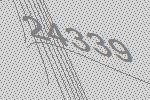
24339